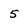
Character: 5